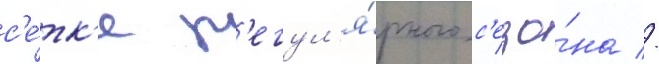
с'е́тк'е р'егул'я́рного с'езо́на //